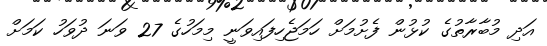
އަދި މުބާރާތުގެ ކުޅުން ފެށުމަށް ހަމަޖެހިފައިވަނީ މިމަހުގެ 27 ވަނަ ދުވަހު ކަމަށް